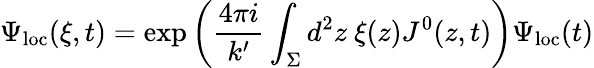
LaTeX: \Psi_{\mathrm{loc}}(\xi,t)=\exp\left(\frac{4\pi i}{k^{\prime}}\int_{\Sigma}d^{2}z~\xi(z)J^{0}(z,t)\right)\Psi_{\mathrm{loc}}(t)